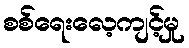
စစ်ရေးလေ့ကျင့်မှု